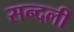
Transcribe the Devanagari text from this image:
सन्दली